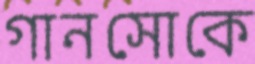
গানসোকে